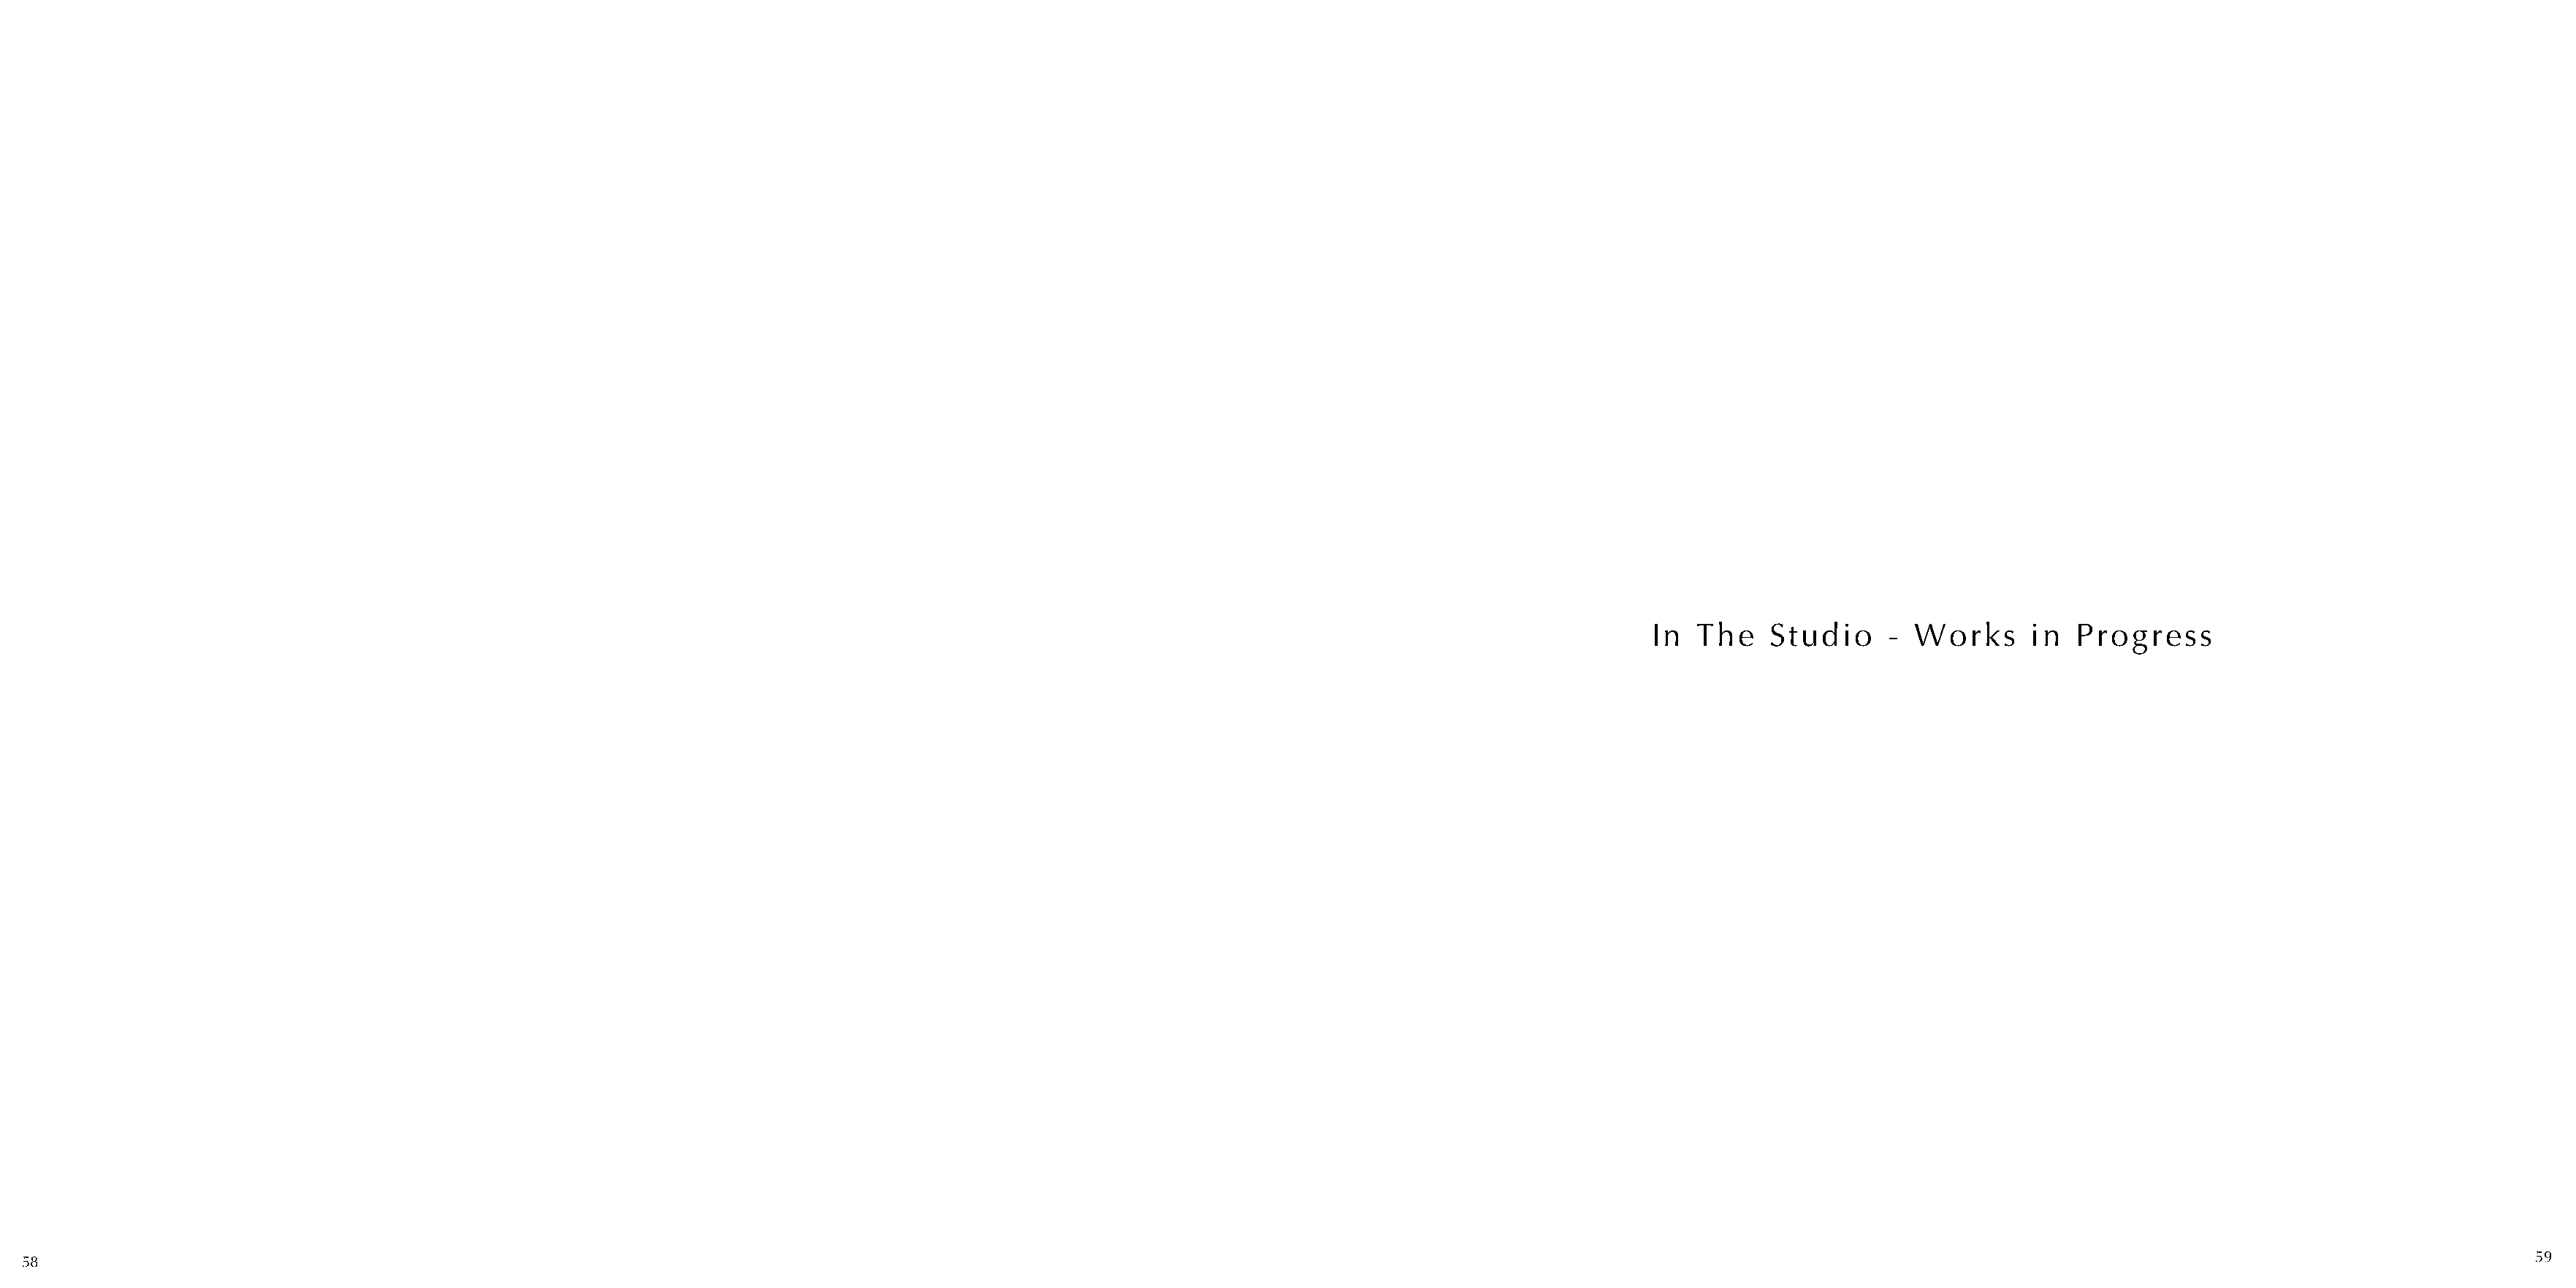
In  The   Studio     - Works      in  Progress
 58                                                                                                                                                                                                                                  59